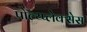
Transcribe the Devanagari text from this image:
पोल्य्प्लेक्सेस